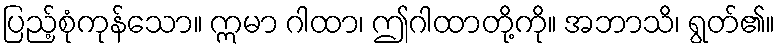
ပြည့်စုံကုန်သော။ ဣမာ ဂါထာ၊ ဤဂါထာတို့ကို။ အဘာသိ၊ ရွတ်၏။